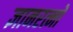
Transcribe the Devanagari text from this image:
ज्ञानरत्नों